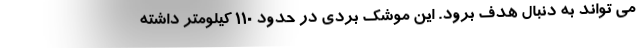
می تواند به دنبال هدف برود. این موشک بردی در حدود ۱۱۰ کیلومتر داشته